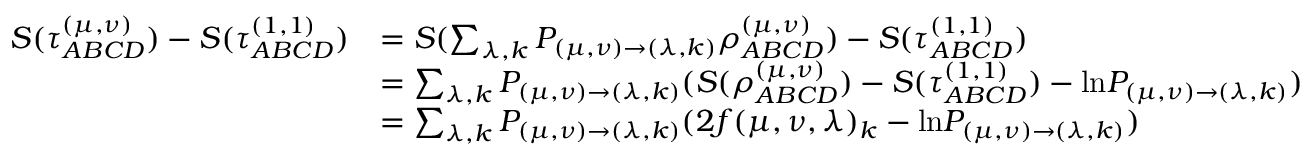
\begin{array} { r l } { S ( \tau _ { A B C D } ^ { ( \mu , \nu ) } ) - S ( \tau _ { A B C D } ^ { ( 1 , 1 ) } ) } & { = S ( \sum _ { \lambda , k } P _ { ( \mu , \nu ) \rightarrow ( \lambda , k ) } \rho _ { A B C D } ^ { ( \mu , \nu ) } ) - S ( \tau _ { A B C D } ^ { ( 1 , 1 ) } ) } \\ & { = \sum _ { \lambda , k } P _ { ( \mu , \nu ) \rightarrow ( \lambda , k ) } ( S ( \rho _ { A B C D } ^ { ( \mu , \nu ) } ) - S ( \tau _ { A B C D } ^ { ( 1 , 1 ) } ) - \mathrm { l n } P _ { ( \mu , \nu ) \rightarrow ( \lambda , k ) } ) } \\ & { = \sum _ { \lambda , k } P _ { ( \mu , \nu ) \rightarrow ( \lambda , k ) } ( 2 f ( \mu , \nu , \lambda ) _ { k } - \mathrm { l n } P _ { ( \mu , \nu ) \rightarrow ( \lambda , k ) } ) } \end{array}